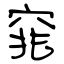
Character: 窕